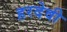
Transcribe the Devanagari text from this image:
हरदेवी